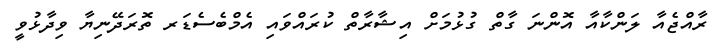
ރާއްޖެއާ ލަންކާއާ އޮންނަ ގާތް ގުޅުމަށް އިޝާރާތް ކުރައްވައި އެމްބެސެޑަރ ތޮރަދޭނިޔާ ވިދާޅުވީ